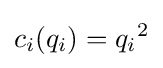
c_{i}(q_{i})={q_{i}}^{2}